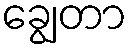
ချွေတာ